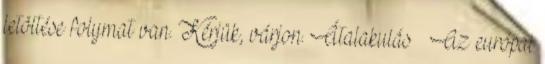
letöltése folymat van. Kérjük, várjon. Átalakulás – Az európai